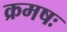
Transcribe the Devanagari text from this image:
क्रमषः